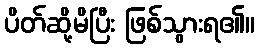
ပိတ်ဆို့မိပြီး ဖြစ်သွားရ၏။